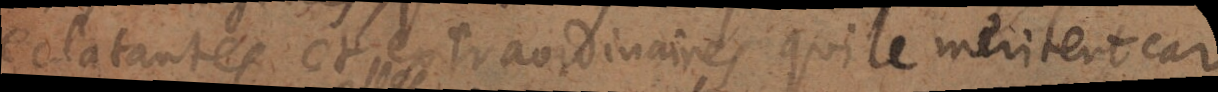
éclatantes et extraordinaires, qui le méritent car